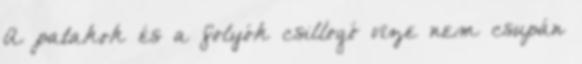
A patakok és a folyók csillogó vize nem csupán